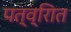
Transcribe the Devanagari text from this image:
पत्व्राित